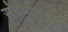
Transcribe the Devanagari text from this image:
संदर्भातसुद्धा